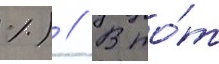
%) // В то́т